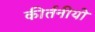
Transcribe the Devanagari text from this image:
कीर्तनीयो